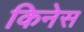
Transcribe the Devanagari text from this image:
किनेस